Annual statistical returns and brief notes on vaccination in Bengal - 1896-1909
Year: 1896
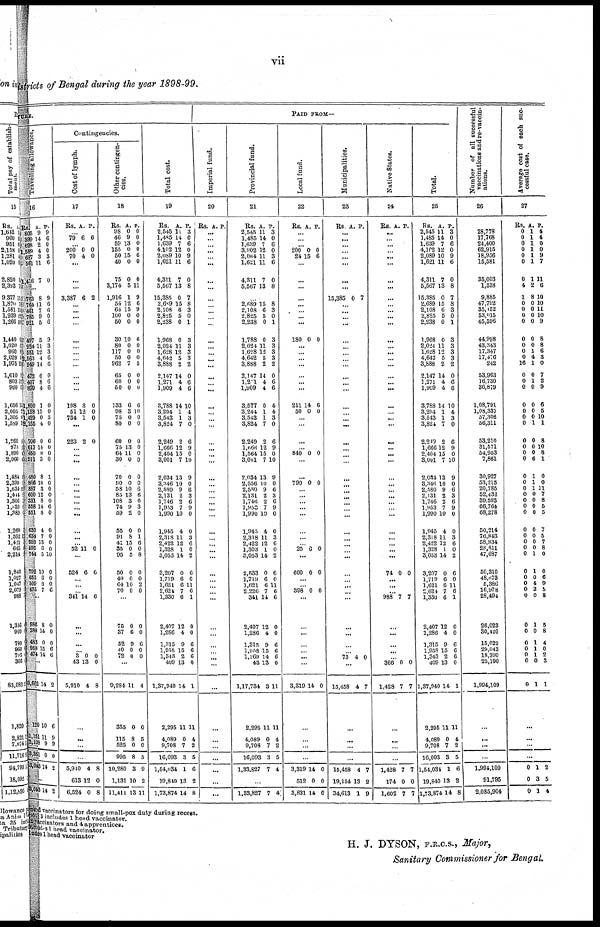
vii
Districts of Bengal during the year 1898-99.
TURE.
Travelling allowance.
16
Rs.
805
399 628
1, 589
637
561
1,416
A.
9
14
2
4
3
11
7
P.
9
6
0
0
8
6
0
...
703
764
461 785
921
497
924
551
2,563
949
478
407
899
1,800
1,138
1,429
2,155
706
617
460
911
480
866
867
600
331
558
551
630
634
959
595
744
792
652
509
475
8
11
7
9
5
5
11
12
4
14
6
8
4
1
15
0
4
0
14
0
3
8
10
3
12
8
14
8
4
7
13
6
5
10
0
8
7
9
6
6
0
6
9
3
3
6
0
0
6
6
0
0
3
0
6
0
0
0
1
0
0
0
0
6
0
0
0
0
0
10
0
0
0
6
...
986
288
4S3
958
474
8
14
0
15
14
0
0
0
6
6
...
9,662
120
1,151
2,108
3,381
3,043
14
10
11
9
0
14
2
6
9
9
0
2
...
3, 043 14 2
Contingencies.
Cost of lymph.
17
Rs. A. P.
...
79 6 6
... 200
70
0
4
0
0
...
...
...
3,387 6 2
...
...
... ...
...
...
...
...
...
...
...
...
198
51
734
8
12
1
0
0
0
...
223 2 0
...
...
...
...
...
...
...
...
...
...
...
... ...
52 11 0
...
524 6 6
...
...
...
341 14 6
...
...
...
...
3
43
5,910
0
13
4
0
0
8
...
...
...
...
5,910
613
6,524
4
12
0
8
0
8
Other contingen-
cies.
18
Rs.
98
46
59
155
50
40
75
3,174
1,916
54
64
100
50
30
80
117
50
962
65
60
50
133
98
75
80
60
75
64
30
70
90
58
85
108
74
59
55
91
41
35
95
50
40
64
70
A.
0
9
13
0
15
0
0
5
1
12
15
0
0
10
0
0
0
7
0
0
0
6
3
0
0
0
13
11
0
0
0
10
13
3
9
2
0
8
15
0
5
0
0
10
0
P.
0
0
0
0
6
0
0
11
9
6
9
0
0
6
0
0
0
5
0
0
0
6
10
0
0
0
0
0
0
0
0
6
6
6
3
0
0
1
6
0
8
0
0
2
0
...
75
37
52
40
72
0
6
9
0
0
0
0
6
0
0
...
9,284
355
115
525
995
10,280
1,131
11,411
11
0
8
0
8
3
10
13
4
0
5
0
5
9
2
11
Total cost.
19
Rs.
2,545
1,485
1,639
4,102
2,089
1,621
4,311
5,507
15,385
2,689
2,108
2,825
2,238
1,968
2,024
1,628
4,042
3,888
2,147
1,271
1,909
3,788
3,294
3,543
3,824
2,249
1,666
2,404
3,001
2,034
3,346
2,580
2,131
1,746
1,953
1,990
1,945
2,318
2,422
1,328
3,053
3,207
1,719
1,681
2,624
1,330
2,407
1,286
1,315
1,958
1,348
409
1,37,940
2,295
4,089
9,708
16,093
1,54,034
19,840
1,73,874
A.
11
14
7
12
10
11
7
13
0
15
6
5
0
0
11
12
5
2
14
4
4
14
1
1
7
2
12
15
7
13
10
9
2
2
7
10
4
11
12
1
14
0
6
6
7
6
12
4
9
15
2
13
14
11
0
7
3
1
13
14
P.
3
0
6
0
9
6
0
8
7
8
3
0
1
3
3
3
3
2
0
6
6
10
4
3
0
6
9
0
10
9
0
6
3
6
9
0
0
3
6
0
2
6
0
11
6
1
0
0
6
6
6
0
1
11
4
2
5
6
2
8
PAID FROM—
Imperial fund.
20
Rs. A. P.
... ...
...
...
... ...
...
...
...
...
...
...
...
...
...
...
...
...
...
... ...
...
...
...
...
...
...
...
...
...
...
...
...
... ...
...
...
...
...
...
...
...
... ...
...
...
...
...
...
...
... ...
...
...
...
...
...
...
...
...
Provincial fund.
21
Rs.
2,545
1,485
1,639
3,902
2,064
1,621
4,311
5,567
A.
11
14
7
12
11
11
7
13
P.
3
0
6
0
3
6
0
8
...
2,689
2,108
2,825
2,238
1,788
2,024
1,628
4,642
3,888
2,147
1,201
1,909
3,577
3,244
3,543
3,824
2,249
1,666
1,564
3,001
2,034
2,556
2,580
2,131
1,746
1,953
1,990
1,945
2,318
2,422
1,303
3,053
2,533
1,719
1,621
2,226
341
2,407
1,286
1,315
1,958
1,269
43
1,17,734
2,295
4,089
9,708
16,093
1,33,827
15
6
5
0
0
11
12
5
2
14
4
4
0
1
1
7
2
12
15
7
13
10
9
2
2
7
10
4
11
12
1
14
0
6
6
7
14
12
4
9
15
14
13
3
11
0
7
3
7
8
3
0
1
3
3
3
3
2
0
6
6
4
4
3
0
6
9
0
10
9
0
6
3
6
9
0
0
3
6
0
2
6
0
11
6
6
0
0
6
6
6
0
11
11
4
2
5
4
...
1,33,827 7 4
Local fund.
22
Rs. A. P.
...
...
... 200
24
0
15
0
6
...
...
...
...
...
...
...
...
180 0 0
...
... ...
...
...
...
...
211
50
14
0
6
0
...
...
...
...
840 0 0
...
...
790 0 0
...
...
...
...
...
...
...
... 25 0 0
...
600 0 0
...
... 398 0 0
...
...
...
...
...
...
...
3,319 14 0
...
...
...
...
3,319
512
3,831
14
0
14
0
0
0
Municipalities.
23
Rs. A. P.
...
...
...
...
... ...
...
...
15,385 0 7
...
...
... ...
...
...
...
...
...
...
...
...
...
...
...
...
...
...
...
...
...
...
...
...
... ...
...
...
...
...
...
...
... ...
...
...
...
...
...
...
73 4 0
...
15,458 4 7
...
...
...
...
15,458
19,154
34,613
4
13
1
7
2
9
Native States.
24
Rs. A. P.
... ...
...
...
...
...
...
...
...
...
...
...
...
...
...
... ...
...
...
...
...
...
...
...
...
...
...
...
...
...
...
...
...
...
...
...
...
...
...
...
...
74 0 0
...
...
...
988 7 7
...
...
...
...
... 366
1,428
0
7
0
7
...
...
...
...
1,428
174
1,602
7
0
7
7
0
7
Total.
25
Rs.
2,545
1,485
1,639
4,102
2,089
1,621
4,311
5,567
15,385
2,689
2,108
2,825
2,238
1,968
2,024
l,628
4,642
3,888
2,147
1,271
1,909
3,788
3,294
3,543
3,824
2,249
1,666
2,404
3,001
2,034
3,346
2,580
2,131
1,746
1,953
1,990
1,945
2,318
2,422
1,328
3,053
3,207
1,719
1,621
2,624
1,330
2,407
1,286
1,315
1,958
1,343
409
1,37,940
2,295
4,089
9,708
16,093
1,54,031
19,840
1,73,874
A.
11
14
7
12
10
11
7
13
0
15
6
5
0
0
11
12
5
2
14
4
4
14
1
1
7
2
12
15
7
13
10
9
2
2
7
10
4
11
12
1
14
0
6
6
7
6
12
4
9
15
2
13
14
11
0
7
3
1
13
14
P.
3
0
6
0
9
6
0
8
7
8
3
0
1
3
3
3
3
2
0
6
6
10
4
3
0
6
9
0
10
9
0
6
3
6
9
0
0
3
6
0
2
6
0
11
6
1
0
0
6
6
6
0
1
11
4
2
5
6
2
8
Number of all successful
vaccinations and re-vaccin¬
ations.
26
28,778
17,768
24,400
62,915
18,956
15,581
35,003
1,333
9,885
47,792
35,152
58,015
45,596
44,998
48,343
17,347
17,476
242
53,963
16,730
36,879
1,08,791
1,08,337
57,306
56,311
53,210
31,571
54,953
7,861
30,927
53,215
20,785
52,433
39,593
66,764
68,278
50,214
76,843
58,834
28,811
47,687
50,316
48,673
5,386
16,978
28,494
26,023
30,420
15,022
29,043
18,390
25,190
1,994,109
...
...
...
...
1,994,109
91,795
2,085,904
Average cost of each suc¬
cessful case.
27
Rs.
0
0
0
0
0
0
0
4
1
0
0
0
0
0
0
0 0
16
0
0
0
0
0
0
0
0
0
0
0
0
0
0
0
0
0
0
0
0
0
0
0
0
0
0
0
0
0
0
0
0
0
0
0
A.
1
1
1
1
1
1
1
2
8
0
0
0
0
0
0
1
4
1
0
1
0
0
0
0
1
0
0
0
6
1
1
1
0
0
0
0
0
0
0
0
1
1
0
4
2
0
1
0
1
1
1
0
1
P.
4
4
0
0
9
7
11
6
10
10
11
10
9
8
8
6
3
0
7
2
9
6
5
10
1
8
10
8
1
0
0
11
7
8
5
5
7
5
7
8
0
0
6
9
5
8
5
8
4
0
2
3
1
...
...
...
...
0
0
0
1
3
1
2
5
4
need vaccinators for doing small-pox duty during recess.
depôt 3 includes 1 head vaccinator.
d vaccinators and 4 apprentices.
ncludes 1 head vaccinator.
lodes 1 head vaccinator
H. J. DYSON, F.R.C.S., Major,
Sanitary Commissioner for Bengal.